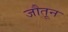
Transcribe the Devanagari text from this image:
जौतून